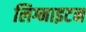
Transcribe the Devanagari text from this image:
लिग्नाइटन